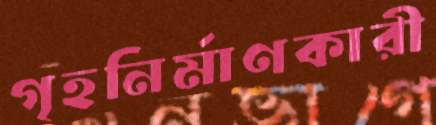
গৃহনির্মাণকারী